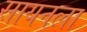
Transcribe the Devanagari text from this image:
सायनला